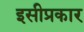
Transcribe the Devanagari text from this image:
इसीप्रकार